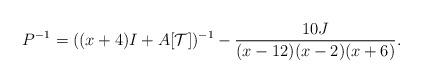
LaTeX: \begin{align*} P^{-1} = ((x+4)I+A[\mathcal T])^{-1} - \frac{10 J}{(x-12)(x-2)(x+6)}.\end{align*}